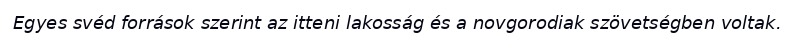
Egyes svéd források szerint az itteni lakosság és a novgorodiak szövetségben voltak.